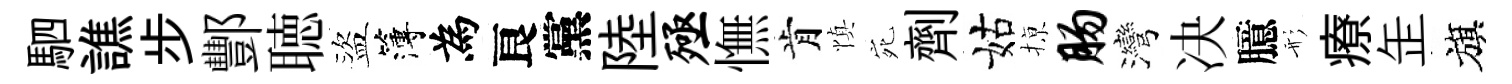
駟譙步酆聴盜簿為良黨陸殛憮肯慎宛劑姑𢱊肠灣决臆形療𦈢旗